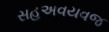
સહઅવયવજ